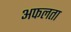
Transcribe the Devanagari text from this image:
अफलता